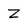
Character: Z